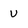
Character: v